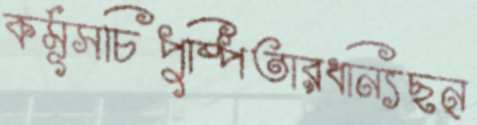
কর্মূসচিপুষ্পিতারধন্যিছন্